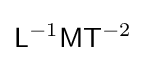
{\mathsf {L}}^{-1}{\mathsf {M}}{\mathsf {T}}^{-2}